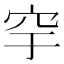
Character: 穻